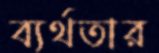
ব্যর্থতার